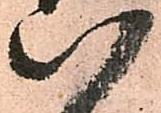
八